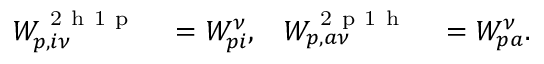
\begin{array} { r l r l } { W _ { p , i \nu } ^ { \mathrm { ~ 2 ~ h ~ 1 ~ p ~ } } } & { { } = W _ { p i } ^ { \nu } , } & { W _ { p , a \nu } ^ { \mathrm { ~ 2 ~ p ~ 1 ~ h ~ } } } & { { } = W _ { p a } ^ { \nu } . } \end{array}